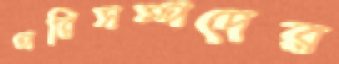
পরিসম্পদের